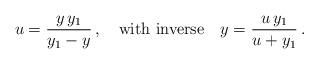
\begin{align*}u=\frac{y\,y_1}{y_1-y}\,,\quad\mbox{with inverse} \quad y=\frac{u\,y_1}{u+y_1}\,. \end{align*}